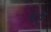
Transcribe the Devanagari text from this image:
बटँ